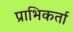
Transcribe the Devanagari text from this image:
प्राभिकर्ता